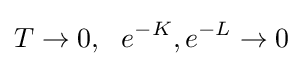
T\rightarrow 0,\ \ e^{-K},e^{-L}\rightarrow 0